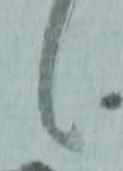
候